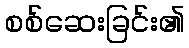
စစ်ဆေးခြင်း၏